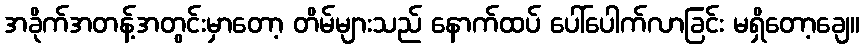
အခိုက်အတန့်အတွင်းမှာတော့ တိမ်များသည် နောက်ထပ် ပေါ်ပေါက်လာခြင်း မရှိတော့ချေ။